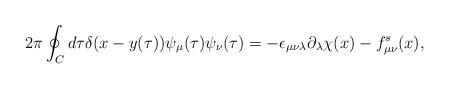
LaTeX: \begin{align*}2\pi\oint_{C}d\tau \delta (x-y(\tau)) \psi_{\mu}(\tau)\psi_{\nu}(\tau) =-\epsilon_{\mu\nu\lambda}\partial_{\lambda}\chi(x) -f_{\mu\nu}^{s}(x), \end{align*}